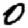
Digit: 0